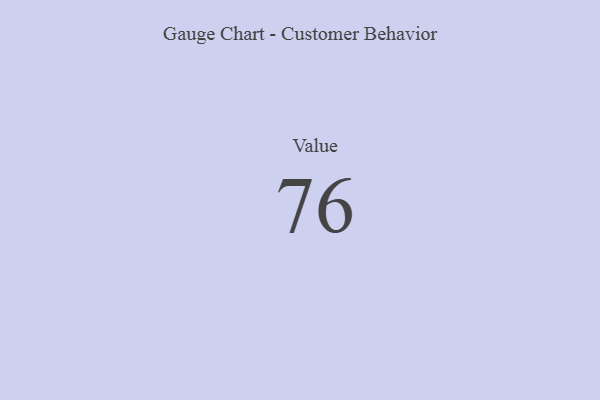
{"axis": {"x": "Metric", "y": "Value"}, "legend": [""], "data": [{"x": "Value", "y": 76, "type": ""}]}